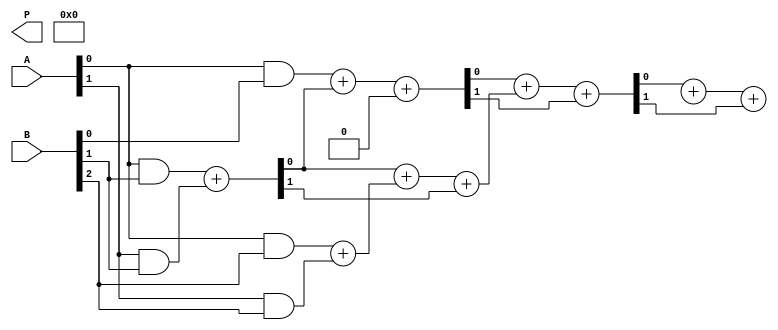
module WallaceTreeMultiplier #(parameter N = 4) (
    input  [N-1:0] A,    // N-bit input A
    input  [N-1:0] B,    // N-bit input B
    output [2*N-1:0] P   // 2N-bit output Product
);

// Generate Partial Products
wire [N-1:0] pp [0:N-1]; // Partial products
genvar i, j;
generate
    for (i = 0; i < N; i = i + 1) begin : partial_products
        for (j = 0; j < N; j = j + 1) begin : pp_gen
            assign pp[i][j] = A[i] & B[j]; // AND operation for partial product
        end
    end
endgenerate

// Wallace Tree Reduction
wire [N*2-1:0] sum [0:N-1]; // Sums at each stage
wire [N-1:0] carry [0:N-1]; // Carries at each stage

// Stage 0: Initial sum and carry
generate
    for (i = 0; i < N; i = i + 1) begin : stage_0
        if (i == 0) begin
            assign sum[0][0] = pp[0][i];
            assign carry[0][0] = 1'b0; // No carry for the first bit
        end else begin
            assign {carry[0][i], sum[0][i]} = pp[0][i] + pp[1][i]; // Full adder
        end
    end
endgenerate

// Reduce steps using Half Adders and Full Adders
generate
    for (i = 1; i < N; i = i + 1) begin : reduction_stages
        for (j = 0; j < (N-i); j = j + 1) begin : reduction_loop
            if (j < (N-i-1)) begin
                assign {carry[i][j], sum[i][j]} = sum[i-1][j] + sum[i-1][j+1] + carry[i-1][j]; // Full adder
            end else begin
                assign sum[i][j] = sum[i-1][j]; // Pass through
                assign carry[i][j] = carry[i-1][j]; // Pass through
            end
        end
    end
endgenerate

// Final summation of remaining bits
wire [N*2-1:0] final_sum;
wire final_carry;

assign {final_carry, final_sum} = sum[N-1][0] + sum[N-1][1] + carry[N-1][0];

// Output the final product
assign P = {final_carry, final_sum, sum[N-1][2]};

endmodule